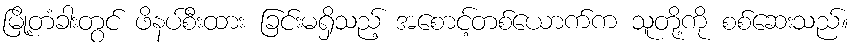
မြို့တံခါးတွင် ဖိနပ်စီးထား ခြင်းမရှိသည့် အစောင့်တစ်ယောက်က သူတို့ကို စစ်ဆေးသည်။